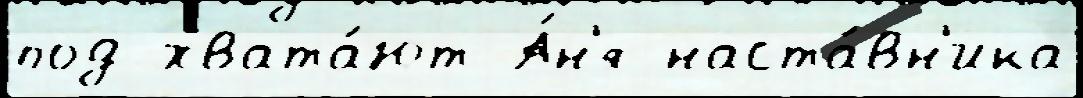
под хвата́ют А́н'я наста́вн'ика